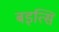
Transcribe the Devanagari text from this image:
बइत्सि